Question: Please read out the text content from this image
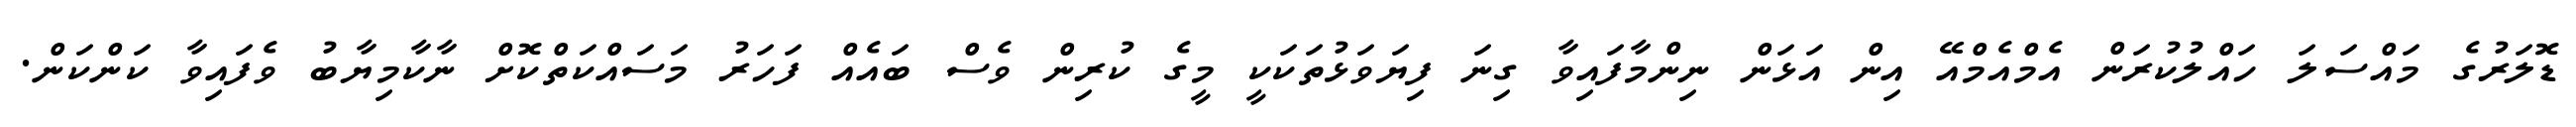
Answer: ޑޮލަރުގެ މައްސަލަ ހައްލުކުރަން އެމްއެމްއޭ އިން އަޅަން ނިންމާފައިވާ ގިނަ ފިޔަވަޅުތަކަކީ މީގެ ކުރިން ވެސް ބައެއް ފަހަރު މަސައްކަތްކޮށް ނާކާމިޔާބު ވެފައިވާ ކަންކަން.